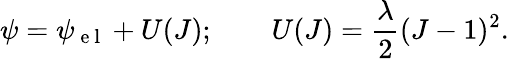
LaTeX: \psi=\psi_{\mathrm{~e~l~}}+U(J);\qquad U(J)=\frac{\lambda}{2}(J-1)^{2}.